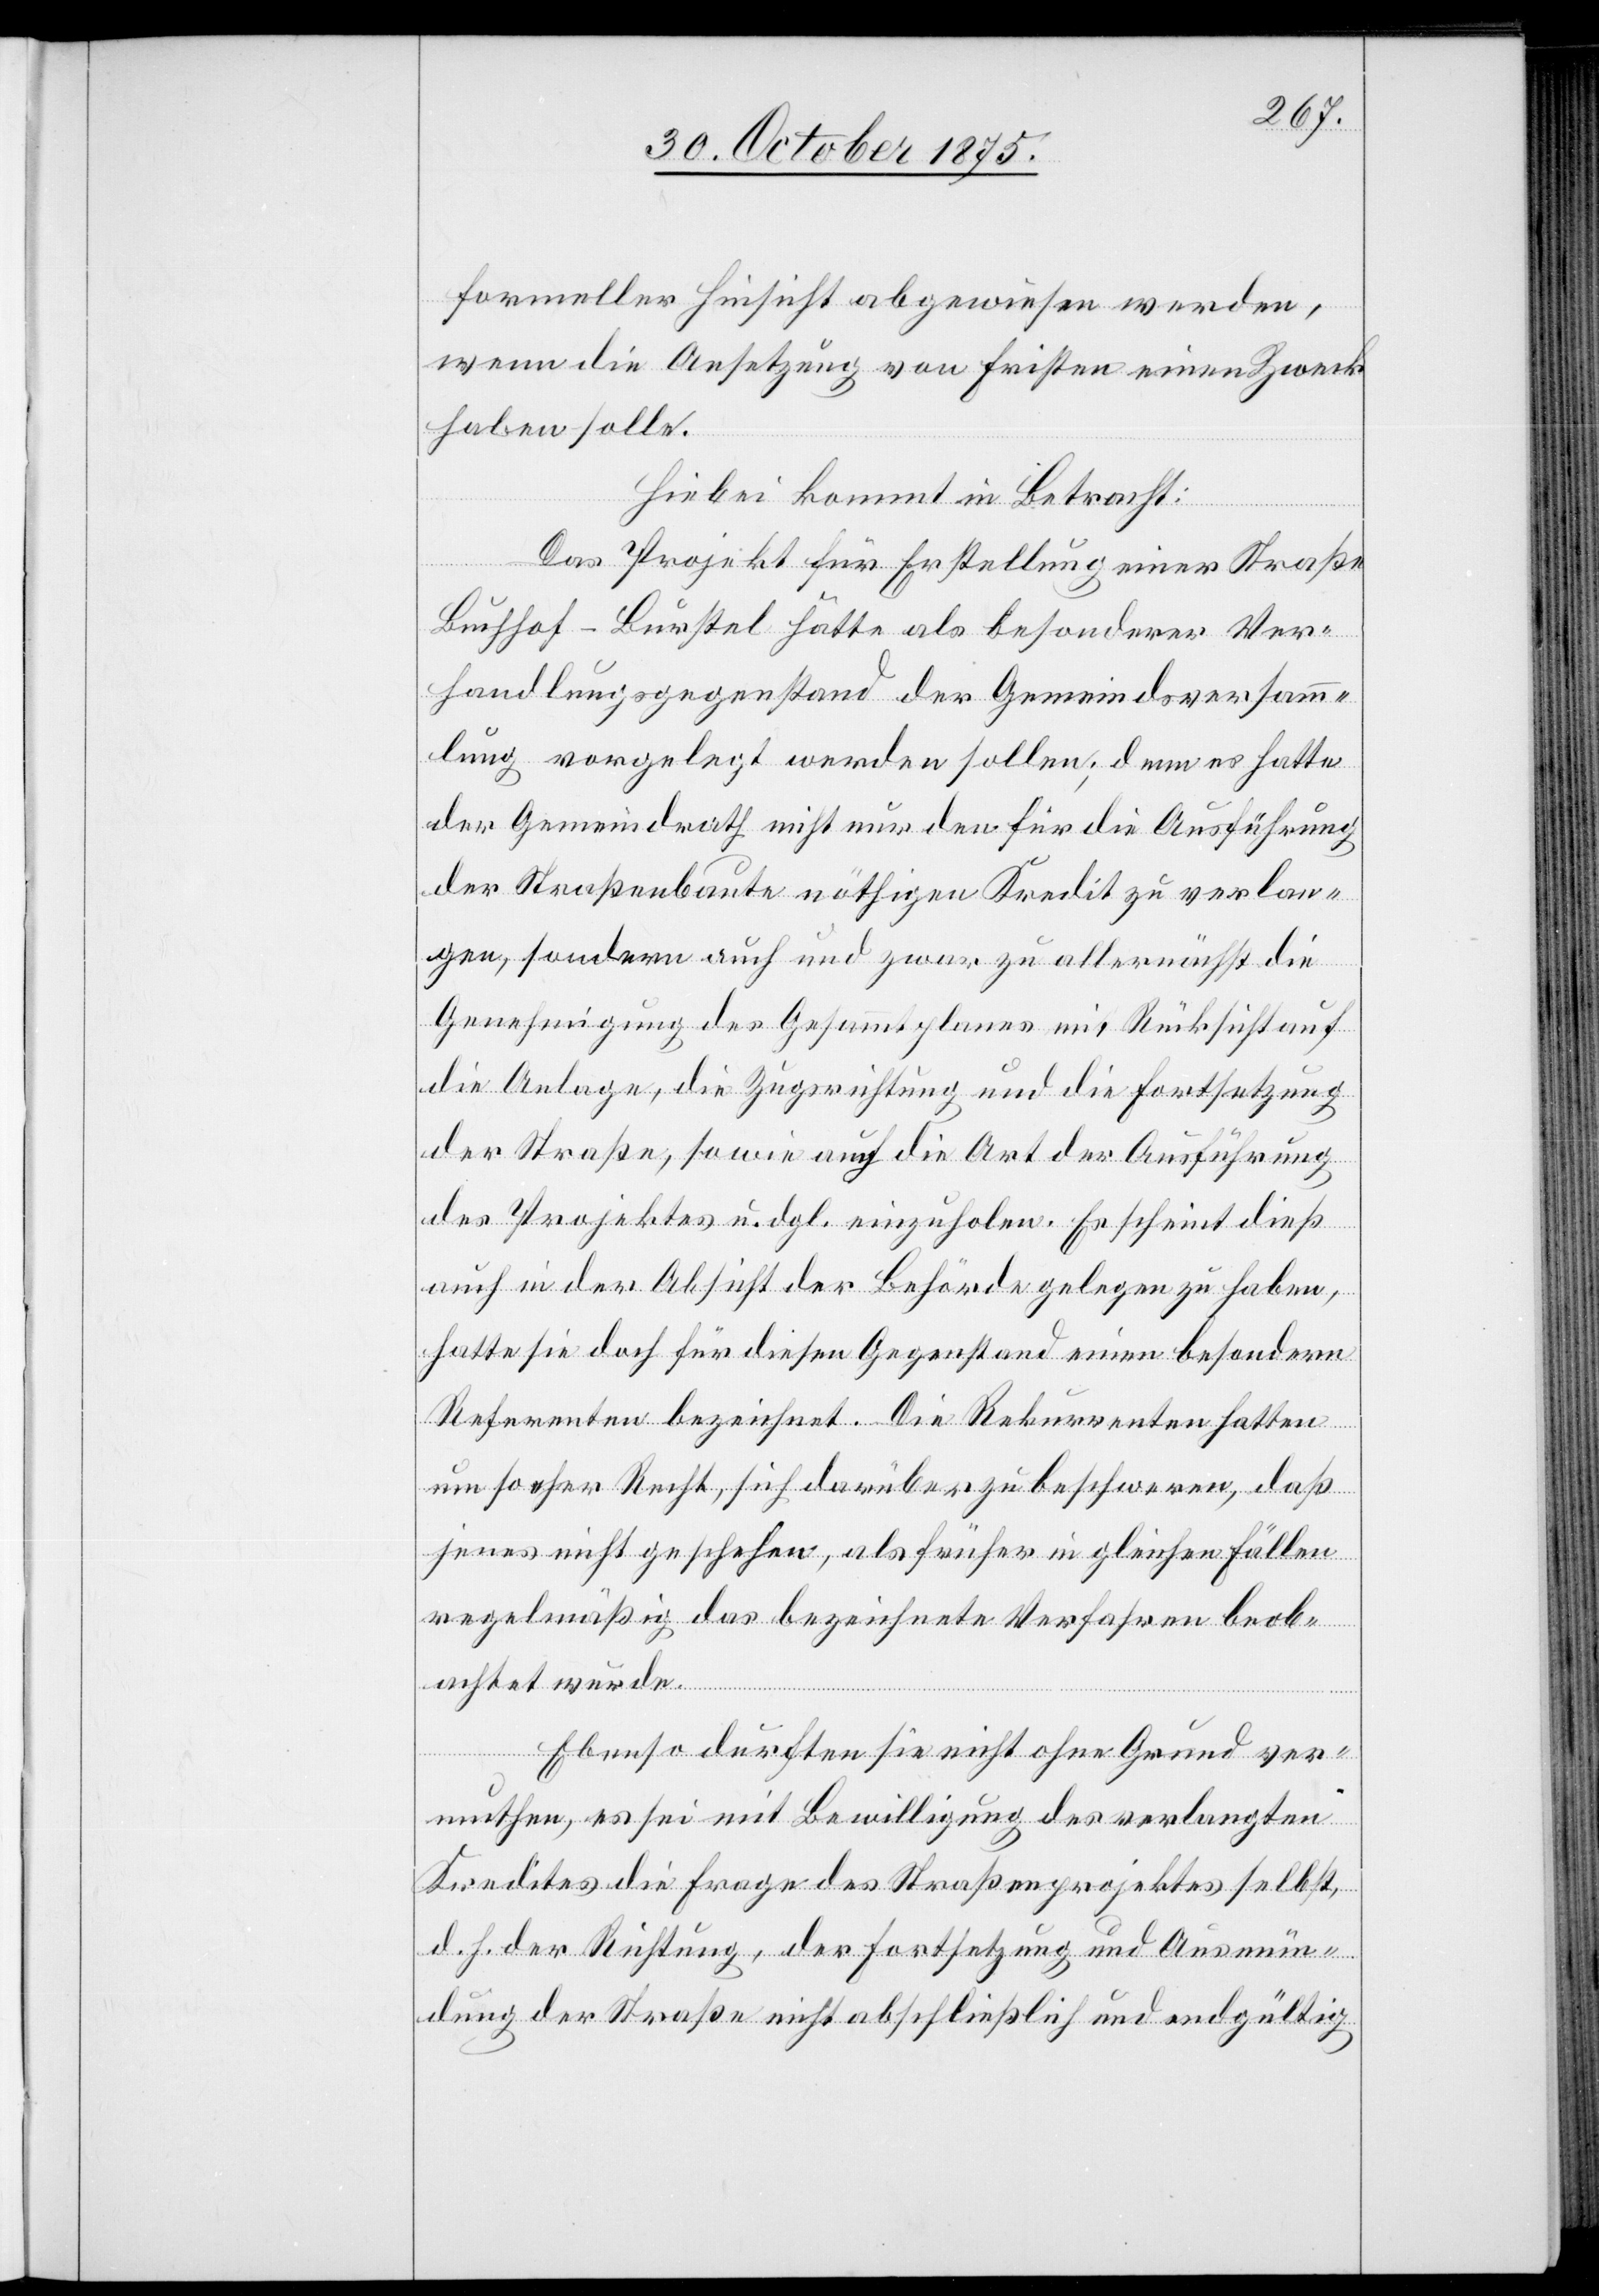
formeller Hinsicht abgewiesen werden,
wenn die Ansetzung von Fristen einen Zweck
haben solle.
Hiebei kommt in Betracht:
Das Projekt für Erstellung einer Straße
Buchhof–Burstel hätte als besonderer Ver¬
handlungsgegenstand der Gemeindsversamm¬
lung vorgelegt werden sollen; denn es hatte
der Gemeindrath nicht nur den für die Ausführung
der Straßenbaute nöthigen Kredit zu verlan¬
gen, sondern auch und zwar zu allernächst die
Genehmigung des Gesammtplanes mit Rücksicht auf
die Anlage, die Zugsrichtung und die Fortsetzung
der Straße, sowie auch die Art der Ausführung
des Projektes u. dgl. einzuholen. Es scheint dieß
auch in der Absicht der Behörde gelegen zu haben,
hatte sie doch für diesen Gegenstand einen besondern
Referenten bezeichnet. Die Rekurrenten hatten
um so eher Recht, sich darüber zu beschweren, daß
jenes nicht geschehen, als früher in gleichen Fällen
regelmäßig das bezeichnete Verfahren beob¬
achtet wurde.
Ebenso durften sie nicht ohne Grund ver¬
muthen, es sei mit Bewilligung des verlangten
Kredites die Frage des Straßenprojektes selbst,
d. h. der Richtung, der Fortsetzung und Ausmün¬
dung der Straße nicht abschließlich und endgültig